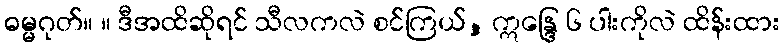
ဓမ္မဂုတ်။ ။ ဒီအထိဆိုရင် သီလကလဲ စင်ကြယ်, ဣန္ဒြေ ၆ ပါးကိုလဲ ထိန်းထား